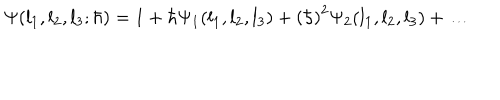
\Psi ( l _ { 1 } , l _ { 2 } , l _ { 3 } ; \hbar ) = 1 + { \hbar } \Psi _ { 1 } ( l _ { 1 } , l _ { 2 } , l _ { 3 } ) + \left( \hbar \right) ^ { 2 } \Psi _ { 2 } ( l _ { 1 } , l _ { 2 } , l _ { 3 } ) + \ldots